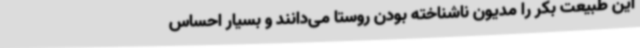
این طبیعت بکر را مدیون ناشناخته بودن روستا می‌دانند و بسیار احساس